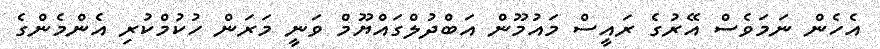
އެހެން ނަމަވެސް އޭރުގެ ރައީސް މައުމޫން އަބްދުލްގައްޔޫމް ވަނީ މަރަން ހުކުމްކުރި އެންމެންގެ